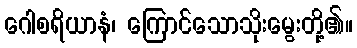
ဂေါစရိယာနံ၊ ကြောင်သောသိုးမွေးတို့၏။